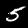
Label: 5